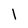
Character: l